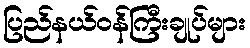
ပြည်နယ်ဝန်ကြီးချုပ်များ